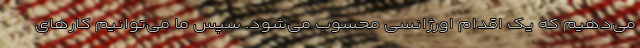
می‌دهیم که یک اقدام اورژانسی محسوب می‌شود. سپس ما می‌توانیم کارهای